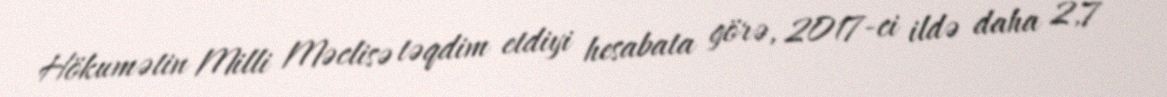
Hökumətin Milli Məclisə təqdim etdiyi hesabata görə, 2017-ci ildə daha 2,7